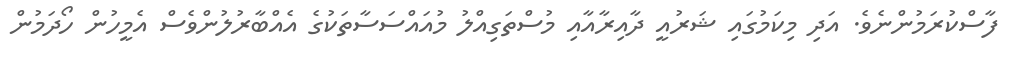
ފާސްކުރަމުންނެވެ. އަދި މިކަމުގައި ޝަރުއީ ދާއިރާއާއި މުސްތަގިއްލު މުއައްސަސާތަކުގެ އެއްބާރުލުންވެސް އެމީހުން ހޯދަމުން